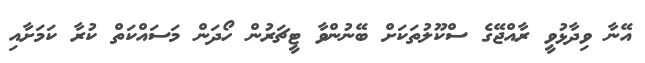
އޭނާ ވިދާޅުވީ ރާއްޖޭގެ ސްކޫލުތަކަށް ބޭނުންވާ ޓީޗަރުން ހޯދަން މަސައްކަތް ކުރާ ކަމަށާއި